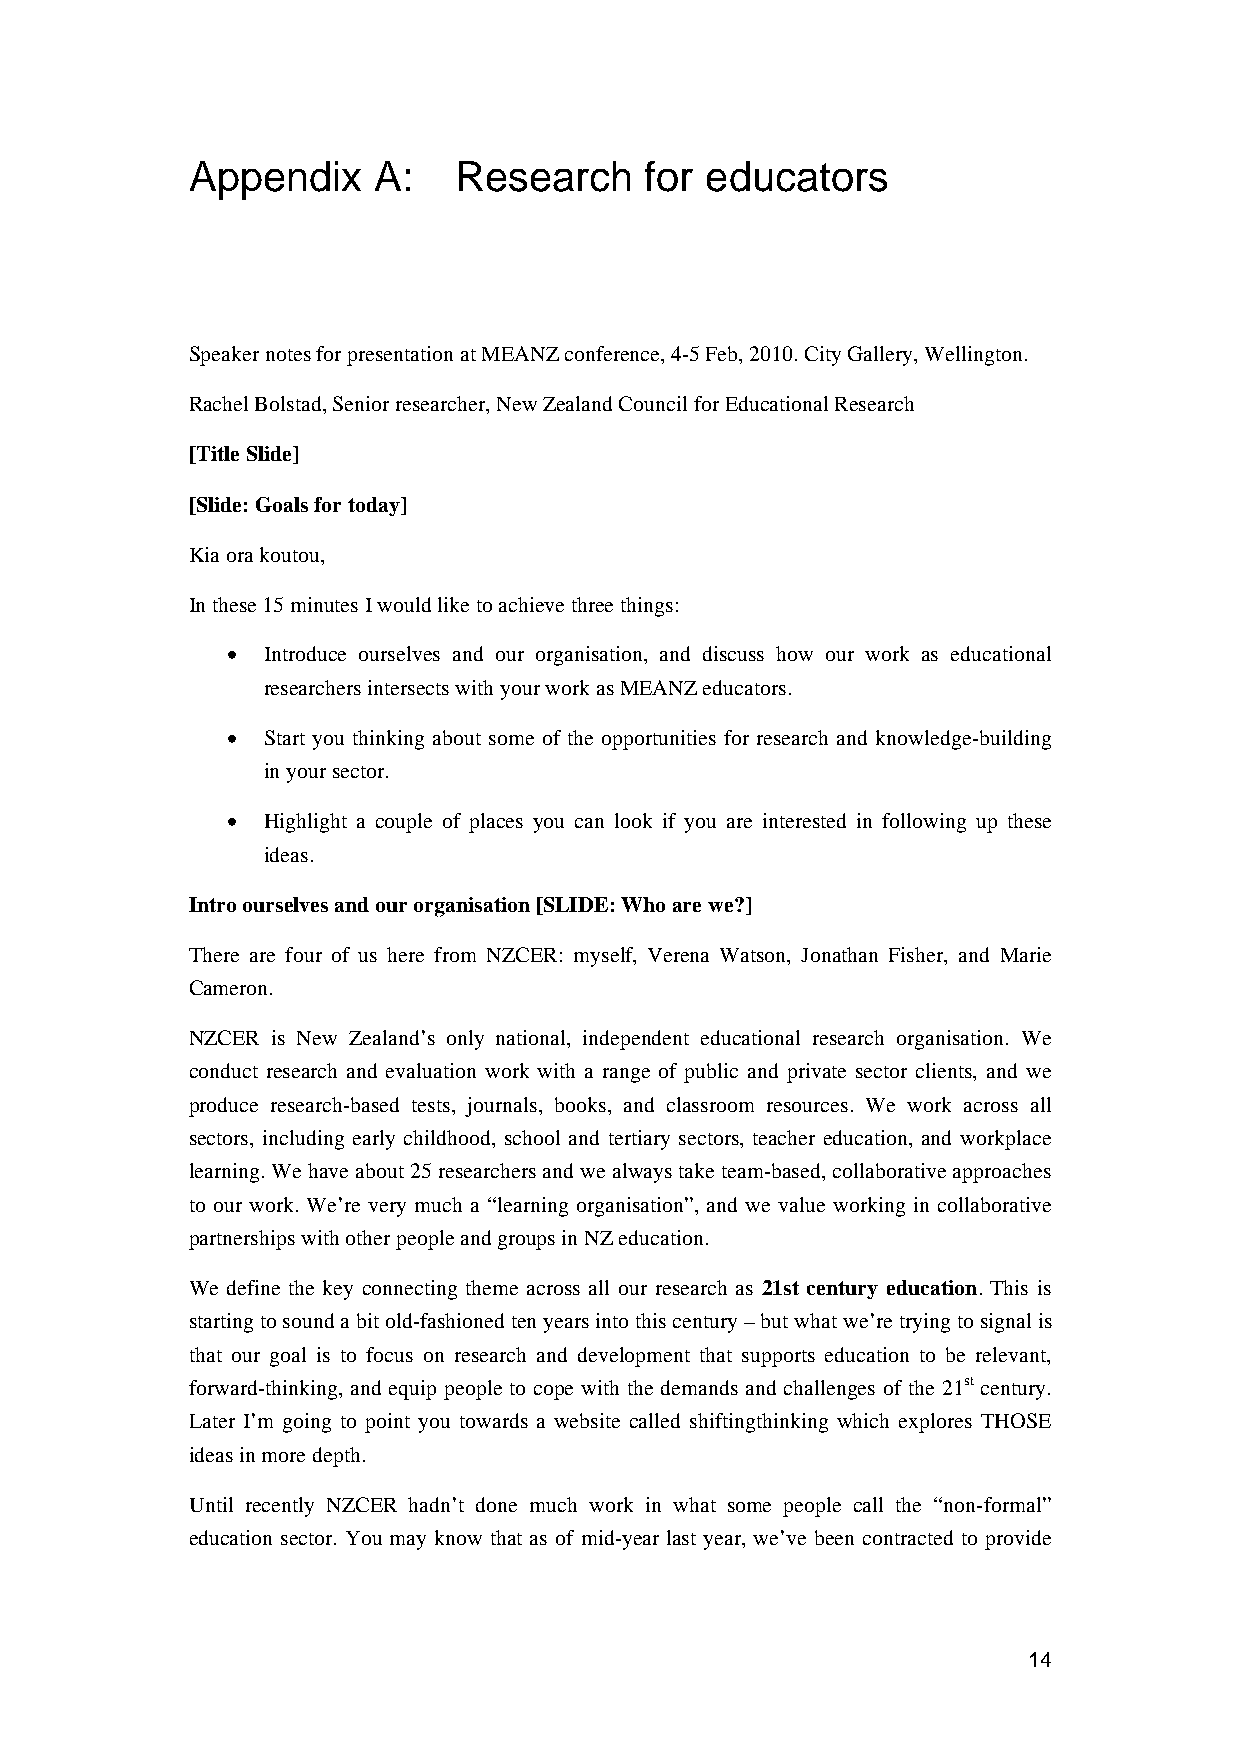
Appendix    A:   Research     for educators
 Speaker notes for presentation at MEANZ conference, 4-5 Feb, 2010. City Gallery, Wellington.
 Rachel Bolstad, Senior researcher, New Zealand Council for Educational Research
 [Title Slide]
 [Slide: Goals for today]
 Kia ora koutou,
 In these 15 minutes I would like to achieve three things:
 • Introduce ourselves and our organisation, and discuss how our work as educational
 researchers intersects with your work as MEANZ educators.
 • Start you thinking about some of the opportunities for research and knowledge-building
 in your sector.
 • Highlight a couple of places you can look if you are interested in following up these
 ideas.
 Intro ourselves and our organisation [SLIDE: Who are we?]
 There are four of us here from NZCER: myself, Verena Watson, Jonathan Fisher, and Marie
 Cameron.
 NZCER is New Zealand’s only national, independent educational research organisation. We
 conduct research and evaluation work with a range of public and private sector clients, and we
 produce research-based tests, journals, books, and classroom resources. We work across all
 sectors, including early childhood, school and tertiary sectors, teacher education, and workplace
 learning. We have about 25 researchers and we always take team-based, collaborative approaches
 to our work. We’re very much a “learning organisation”, and we value working in collaborative
 partnerships with other people and groups in NZ education.
 We define the key connecting theme across all our research as 21st century education. This is
 starting to sound a bit old-fashioned ten years into this century – but what we’re trying to signal is
 that our goal is to focus on research and development that supports education to be relevant,
 forward-thinking, and equip people to cope with the demands and challenges of the 21st century.
 Later I’m going to point you towards a website called shiftingthinking which explores THOSE
 ideas in more depth.
 Until recently NZCER hadn’t done much work in what some people call the “non-formal”
 education sector. You may know that as of mid-year last year, we’ve been contracted to provide
 14